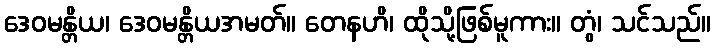
ဒေဝမန္တိယ၊ ဒေဝမန္တိယအမတ်။ တေနဟိ၊ ထိုသို့ဖြစ်မူကား။ တွံ၊ သင်သည်။